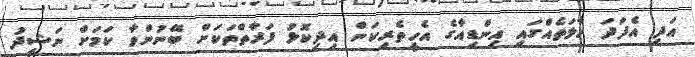
އަދި އެފަދަ ހާލަތެއްގައި އިންޑިއާގެ އެހީތެރިކަން އިދިކޮޅު ފަރާތްތަކަށް ބޭނުންވާ ކަމަށް ނަޝީދު